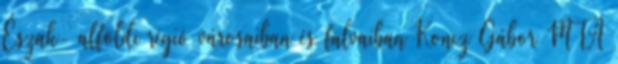
Észak- alföldi régió városaiban és falvaiban Koncz Gábor MTA